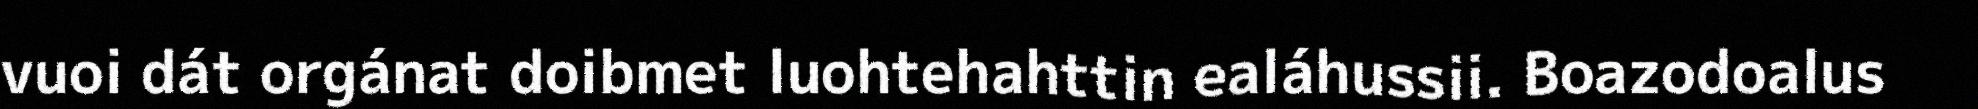
vuoi dát orgánat doibmet luohtehahttin ealáhussii. Boazodoalus